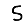
Digit: 5